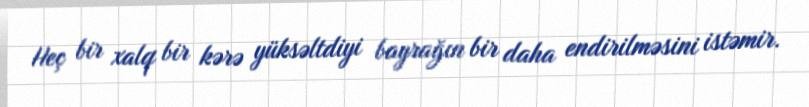
Heç bir xalq bir kərə yüksəltdiyi bayrağın bir daha endirilməsini istəmir.